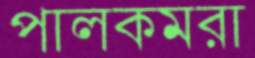
পালকমরা